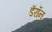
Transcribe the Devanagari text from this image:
डॅरॉन